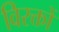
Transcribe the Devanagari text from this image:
विरक्तों